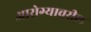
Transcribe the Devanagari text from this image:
आरोग्यावरील